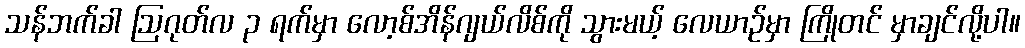
သန်ဘက်ခါ ဩဂုတ်လ ၃ ရက်မှာ လော့စ်အိန်ဂျယ်လိစ်ကို သွားမယ့် လေယာဉ်မှာ ကြိုတင် မှာချင်လို့ပါ။